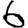
Digit: 6